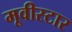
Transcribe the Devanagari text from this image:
मूवीस्टार